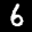
Digit: 6